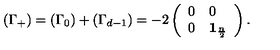
\left( \Gamma _ { + } \right) = \left( \Gamma _ { 0 } \right) + \left( \Gamma _ { d - 1 } \right) = - 2 \left( \begin{array} { l l } { 0 } & { 0 } \\ { 0 } & { \mathbf { 1 } _ { \frac { n } { 2 } } } \\ \end{array} \right) .